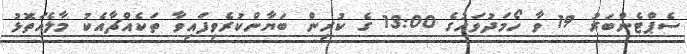
ސެޕްޓެންބަރު 19 ވާ ހޯމަދުވަހުގެ 13:00 ގެ ކުރިން ބަޔާންކުރެވިފައިވާ ތަކެއްޗާއެކު މާލެއަތޮޅު